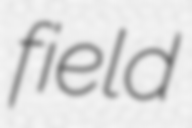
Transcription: field